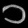
Digit: ၁